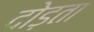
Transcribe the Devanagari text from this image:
दोड़ता